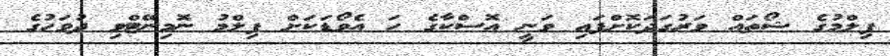
ފިލްމުގެ ޝޯތައް ވަރުގަދަކޮށްފައި ވަނީ އޮސްކާގެ ހަ އެވޯޑަކަށް ފިލްމު ނޮމިނޭޓްވި ދުވަހުގެ